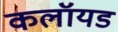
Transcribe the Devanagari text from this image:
कलॉयड